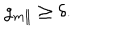
LaTeX: g _ { m \parallel } \geq \delta .